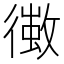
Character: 𢖄